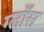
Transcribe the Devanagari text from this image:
ग्लाँस